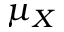
\mu _ { X }